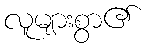
လူများစွာ၏